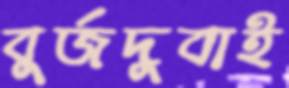
বুর্জদুবাই